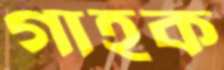
গাহক